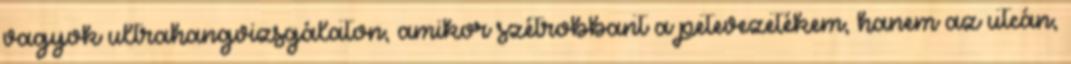
vagyok ultrahangvizsgálaton, amikor szétrobbant a petevezetékem, hanem az utcán,